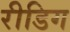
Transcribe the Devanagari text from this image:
रीडिग